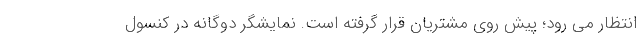
انتظار می رود؛ پیش روی مشتریان قرار گرفته است. نمایشگر دوگانه در کنسول